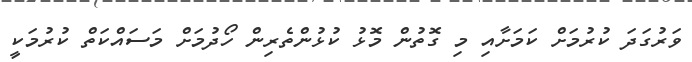
ވަރުގަދަ ކުރުމަށް ކަމަށާއި މި ގޮތުން މޮޅު ކުޅުންތެރިން ހޯދުމަށް މަސައްކަތް ކުރުމަކީ